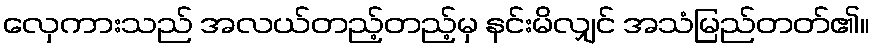
လှေကားသည် အလယ်တည့်တည့်မှ နင်းမိလျှင် အသံမြည်တတ်၏။